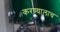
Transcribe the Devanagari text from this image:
करण्यालाच